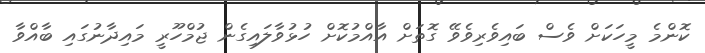
ކޮންމެ މީހަކަށް ވެސް ބައިވެރިވެވޭ ގޮތަށް އާއްމުކޮށް ހުޅުވާލައިގެން ޖުމްހޫރީ މައިދާނުގައި ބާއްވާ